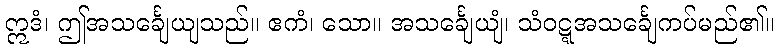
ဣဒံ၊ ဤအသင်္ချေယျသည်။ ဧကံ၊ သော။ အသင်္ချေယျံ၊ သံဝဋ္ဋအသင်္ချေကပ်မည်၏။